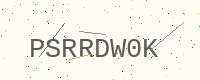
Text: PSRRDW0K